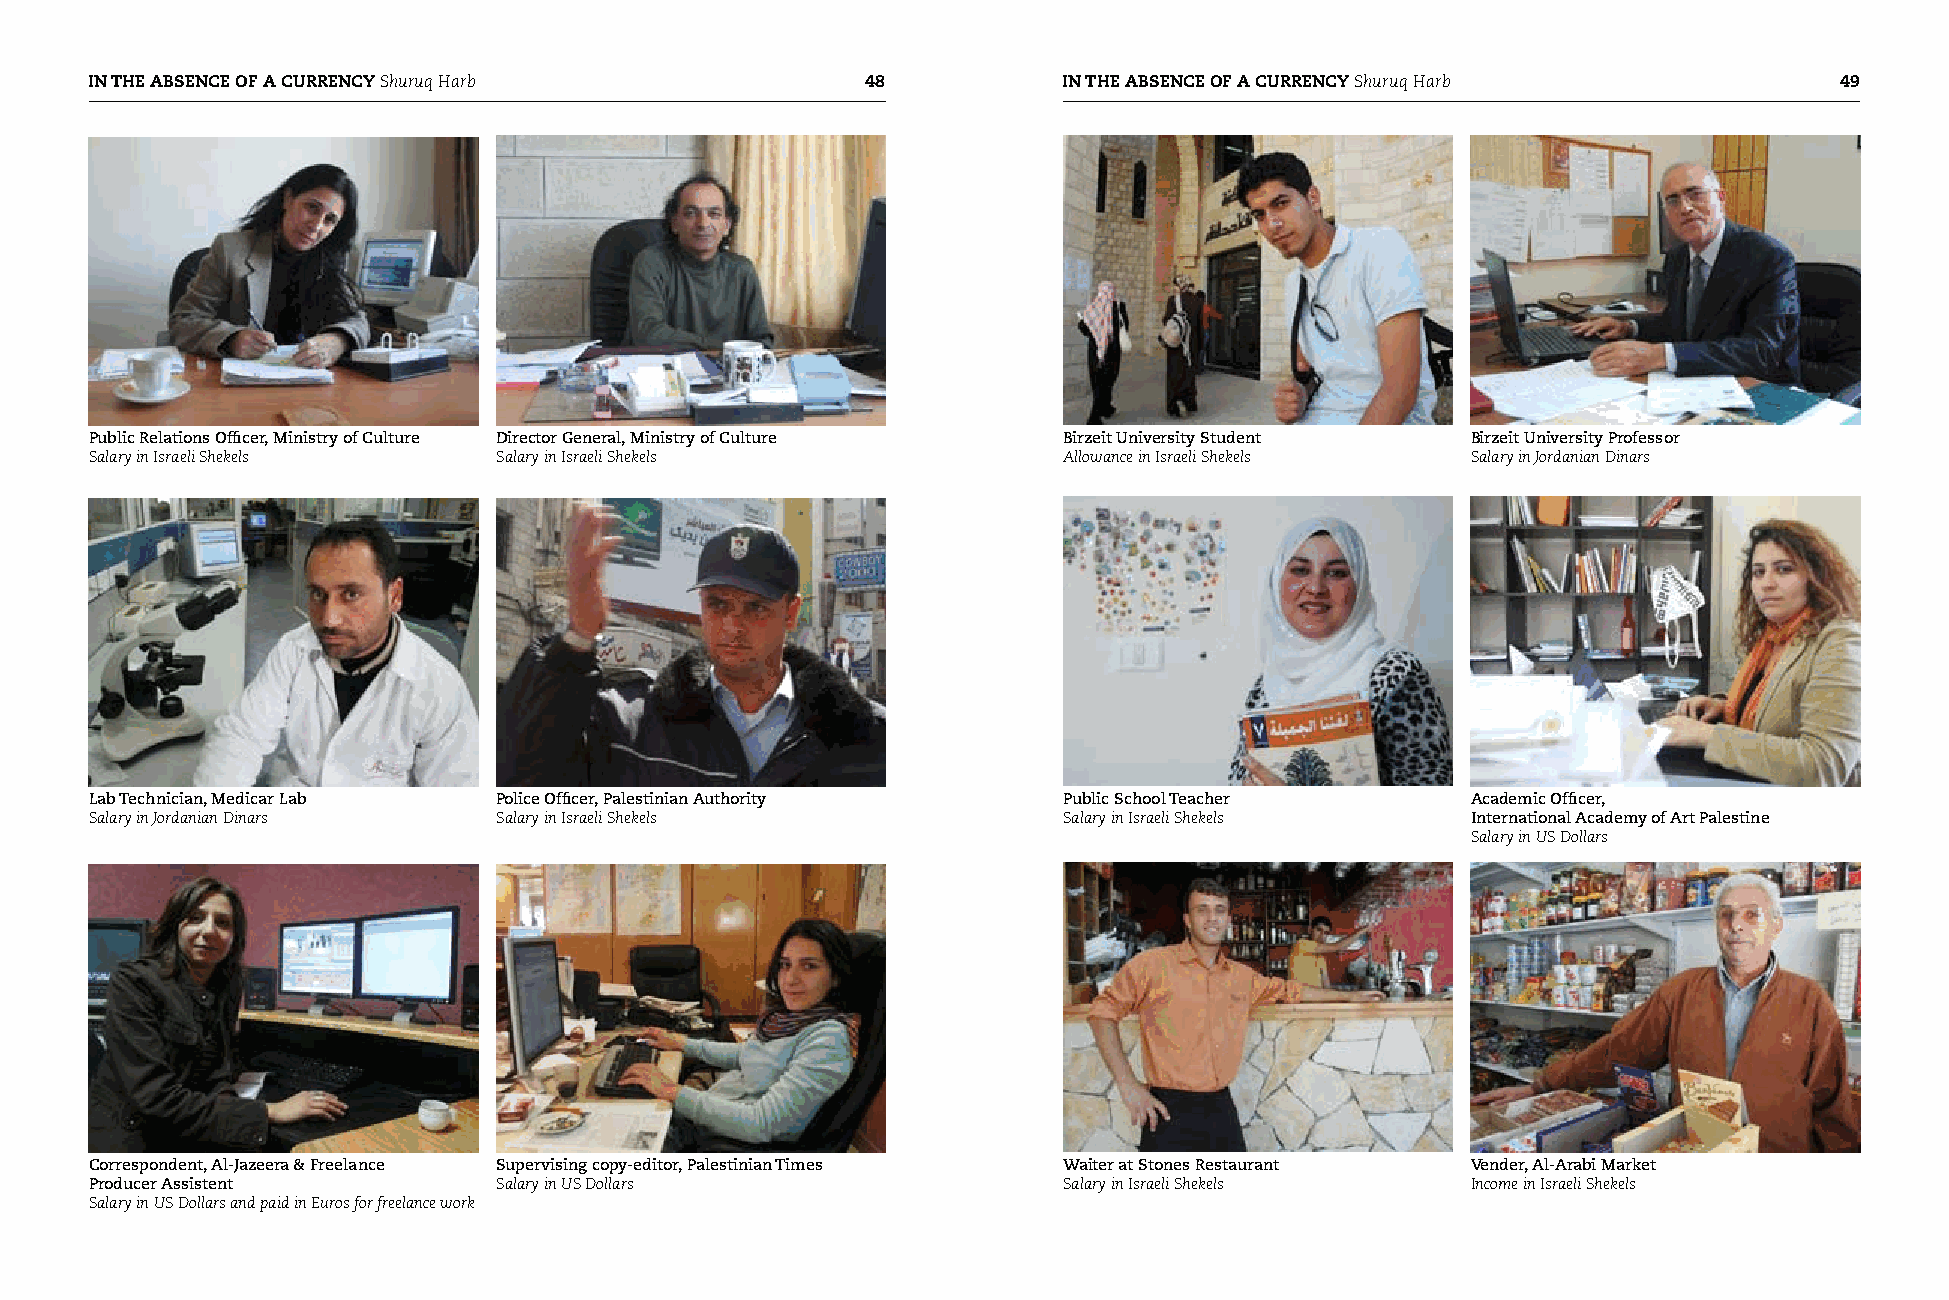
IN THE ABSENCE OF A CURRENCY Shuruq Harb                      IN THE ABSENCE OF A CURRENCY Shuruq Harb            9
 Public Relations Officer, Ministry of Culture Director General, Ministry of Culture Birzeit University Student Birzeit University Professor
 Salary in Israeli Shekels  Salary in Israeli Shekels            Allowance in Israeli Shekels Salary in Jordanian Dinars
 Lab Technician, Medicar Lab Police Officer, Palestinian Authority Public School Teacher    Academic Officer,
 Salary in Jordanian Dinars Salary in Israeli Shekels            Salary in Israeli Shekels  International Academy of Art Palestine
 Salary in US Dollars
 Correspondent, Al-Jazeera & Freelance Supervising copy-editor, Palestinian Times Waiter at Stones Restaurant Vender, Al-Arabi Market
 Producer Assistent         Salary in US Dollars                 Salary in Israeli Shekels  Income in Israeli Shekels
 Salary in US Dollars and paid in Euros for freelance work